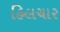
હિલચાર